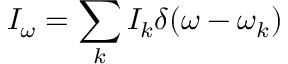
I _ { \omega } = \sum _ { k } I _ { k } \delta ( \omega - \omega _ { k } )